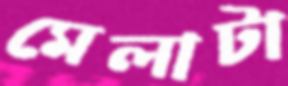
মেলাটা